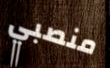
منصبي